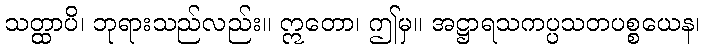
သတ္ထာပိ၊ ဘုရားသည်လည်း။ ဣတော၊ ဤမှ။ အဋ္ဌာရသကပ္ပသတပစ္စယေန၊